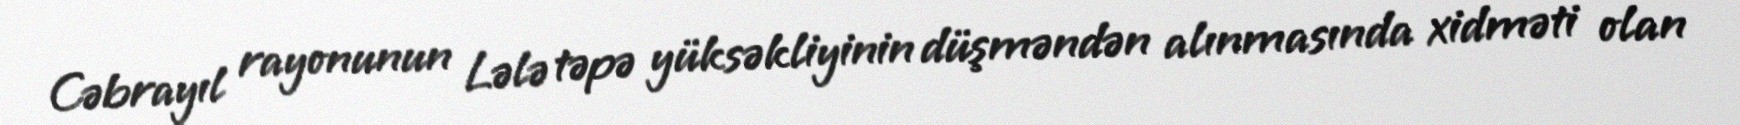
Cəbrayıl rayonunun Lələ təpə yüksəkliyinin düşməndən alınmasında xidməti olan